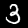
Digit: 3